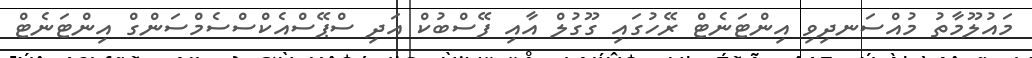
މައުލޫމާތު މުއްސަނދިވި އިންޓަނެޓް ރޭހުގައި ގޫގުލް އާއި ފޭސްބުކް އަދި ސްޕޭސްއެކްސްސެމްސަންގް އިންޓަނެޓް